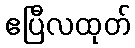
ဧပြီလထုတ်